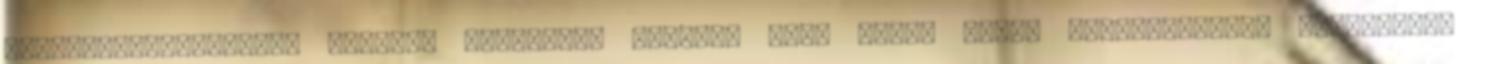
Székelyudvarhelyről avattak testőrré. Látható volt Lajos bácsi elérzékenyült tekintete,